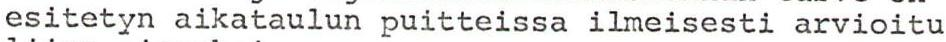
esitetyn aikataulun puitteissa ilmeisesti arvioitu